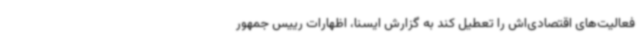
فعالیت‌های اقتصادی‌اش را تعطیل کند به گزارش ایسنا، اظهارات رییس جمهور